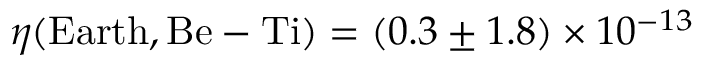
\eta ( { \mathrm { E a r t h } } , { \mathrm { B e - T i } } ) = ( 0 . 3 \pm 1 . 8 ) \times 1 0 ^ { - 1 3 }